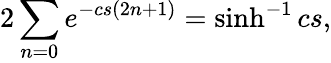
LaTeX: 2\sum_{n=0}e^{-cs(2n+1)}=\sinh^{-1}cs,